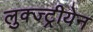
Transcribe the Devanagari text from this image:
लुक्ज्ट्रीयेन